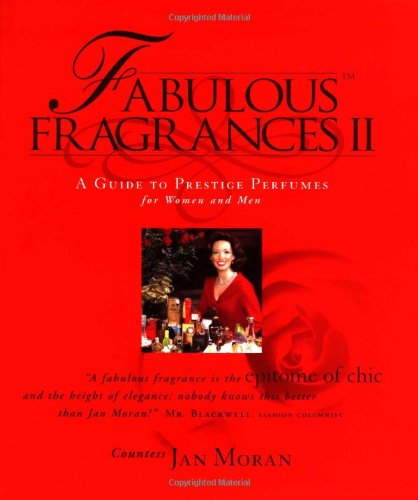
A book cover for Fabulous Fragrances II : A Guide to Prestige Perfumes for Women and Men; Jan Moran; Health, Fitness & Dieting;